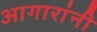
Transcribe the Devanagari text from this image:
आगारांनी